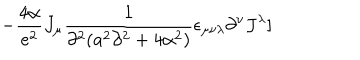
- { \frac { 4 \alpha } { e ^ { 2 } } } J _ { \mu } { \frac { 1 } { \partial ^ { 2 } ( a ^ { 2 } \partial ^ { 2 } + 4 \alpha ^ { 2 } ) } } \epsilon _ { \mu \nu \lambda } \partial ^ { \nu } J ^ { \lambda } ]